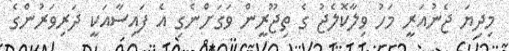
މިދިޔަ ޖެނުއަރީ މަހު ވިލާކޮލެޖު ގެ ތިިޖޫރީން ވަގަށްނެގި އެ ފައިސާއަކީ ދަރިވަރުންގެ